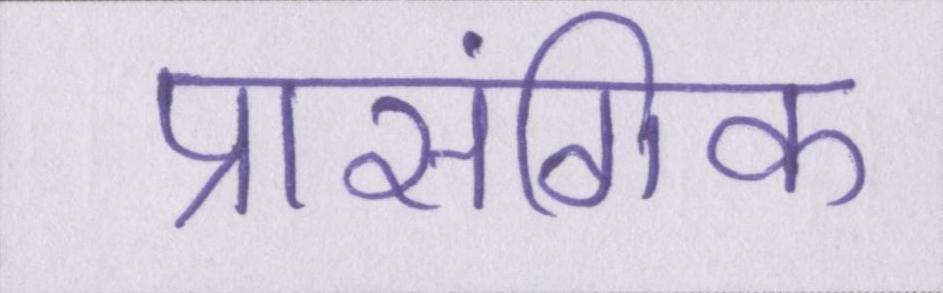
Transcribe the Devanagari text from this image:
प्रासंगिक